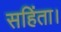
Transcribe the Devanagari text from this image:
सहिंता।